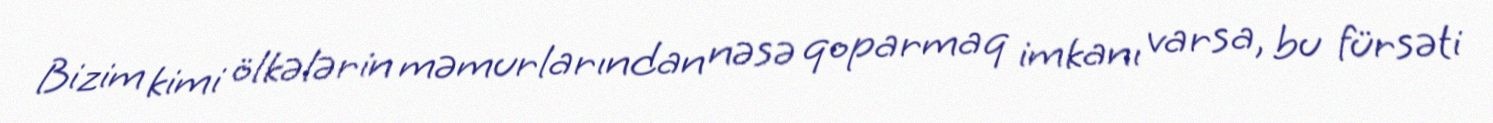
Bizim kimi ölkələrin məmurlarından nəsə qoparmaq imkanı varsa, bu fürsəti